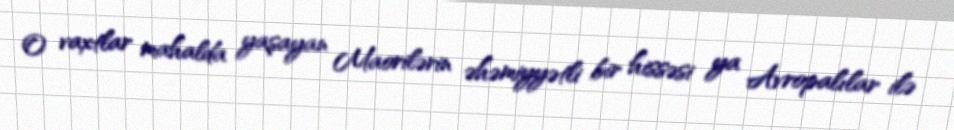
O vaxtlar mahalda yaşayan Maorilərin əhəmiyyətli bir hissəsi ya Avropalılar ilə